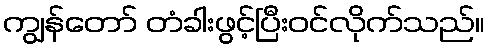
ကျွန်တော် တံခါးဖွင့်ပြီးဝင်လိုက်သည်။